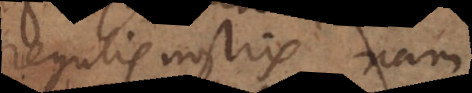
regulis nostris na